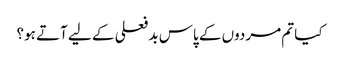
کیا تم مردوں کے پاس بد فعلی کے لیے آتے ہو؟